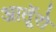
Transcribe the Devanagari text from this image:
आतूॅरो